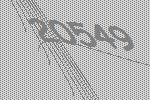
20549